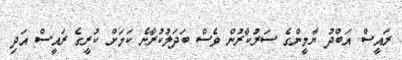
ރައީސް އަބްދު ޔާމީންގެ ސަރުކާރުން ވެސް ބަދަލުކުރާނެ ކަމަށް ކުރީގެ ރައީސް އަދި